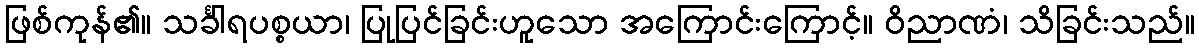
ဖြစ်ကုန်၏။ သင်္ခါရပစ္စယာ၊ ပြုပြင်ခြင်းဟူသော အကြောင်းကြောင့်။ ဝိညာဏံ၊ သိခြင်းသည်။